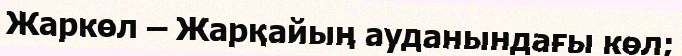
Жаркөл – Жарқайың ауданындағы көл;